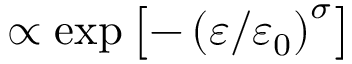
\propto \exp \left[ - \left( \varepsilon / \varepsilon _ { 0 } \right) ^ { \sigma } \right]